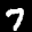
Label: 7